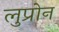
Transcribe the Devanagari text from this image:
लुप्रोन